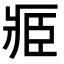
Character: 𮍎